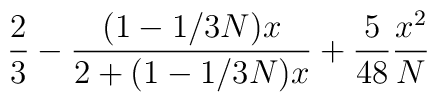
\frac{2}{3}-\frac{(1-1/3N)x}{2+(1-1/3N)x}+\frac{5}{48}\frac{x^2}{N}